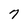
Character: 7